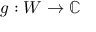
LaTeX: g : W \to \mathbb { C }